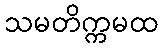
သမတိက္ကမထ